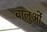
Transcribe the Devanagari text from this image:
बालुओं